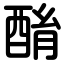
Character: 酳